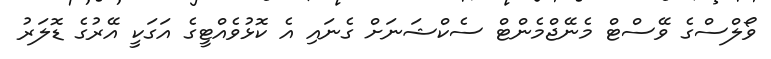
ވޯލްސްގެ ވޭސްޓް މެނޭޖްމެންޓް ސެކްޝަނަށް ގެނައި އެ ކޮޅުވެއްޓީގެ އަގަކީ އޭރުގެ ޑޮލަރު